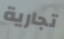
تجارية